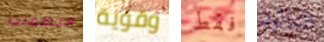
منظمات وقوية فقط التالون